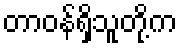
တာဝန်ရှိသူတို့က